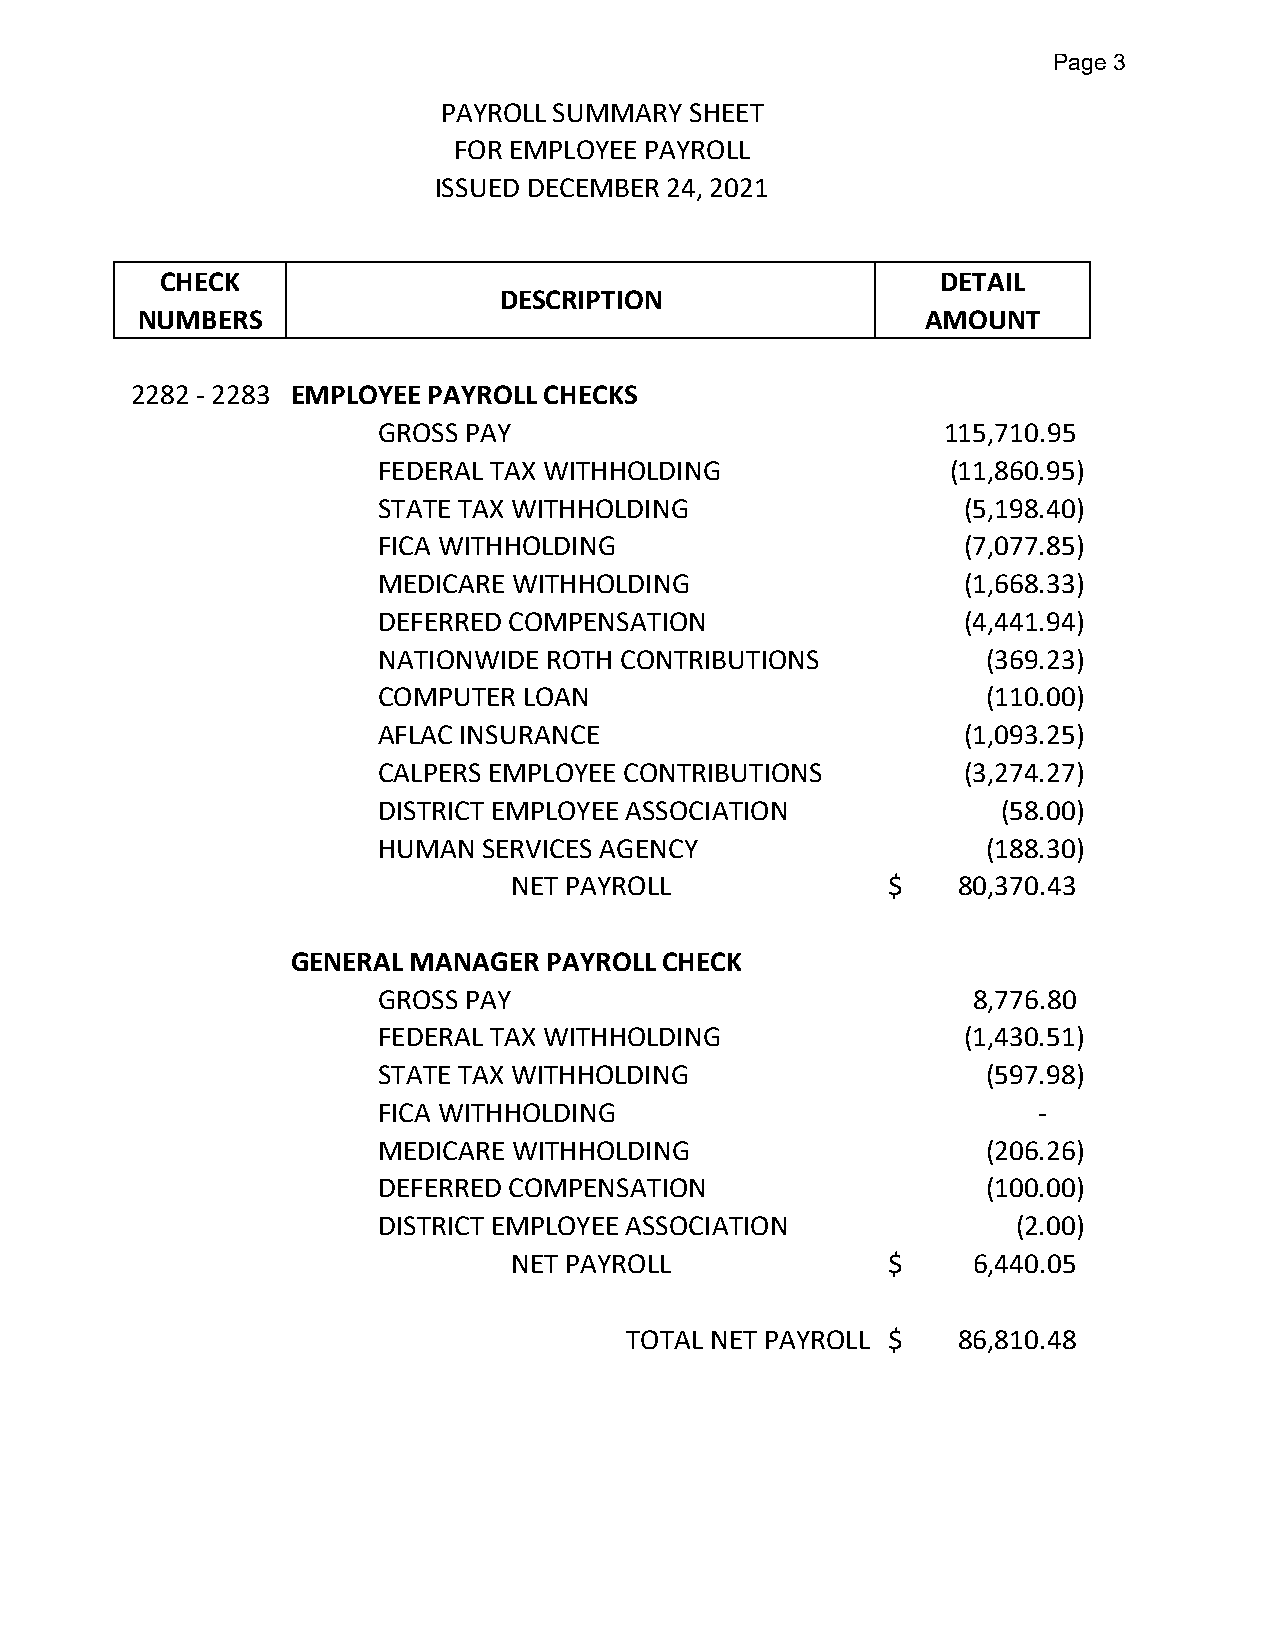
Page 3
 PAYROLL SUMMARY SHEET
 FOR EMPLOYEE PAYROLL
 ISSUED DECEMBER 24, 2021
 CHECK                                               DETAIL
 DESCRIPTION
 NUMBERS                                             AMOUNT
 2282 - 2283 EMPLOYEE PAYROLL CHECKS
 GROSS PAY                            115,710.95
 FEDERAL TAX WITHHOLDING              (11,860.95)
 STATE TAX WITHHOLDING                 (5,198.40)
 FICA WITHHOLDING                      (7,077.85)
 MEDICARE WITHHOLDING                  (1,668.33)
 DEFERRED COMPENSATION                 (4,441.94)
 NATIONWIDE ROTH CONTRIBUTIONS           (369.23)
 COMPUTER LOAN                           (110.00)
 AFLAC INSURANCE                       (1,093.25)
 CALPERS EMPLOYEE CONTRIBUTIONS        (3,274.27)
 DISTRICT EMPLOYEE ASSOCIATION            (58.00)
 HUMAN  SERVICES AGENCY                  (188.30)
 NET PAYROLL              $    80,370.43
 GENERAL MANAGER  PAYROLL CHECK
 GROSS PAY                              8,776.80
 FEDERAL TAX WITHHOLDING               (1,430.51)
 STATE TAX WITHHOLDING                   (597.98)
 FICA WITHHOLDING                           -
 MEDICARE WITHHOLDING                    (206.26)
 DEFERRED COMPENSATION                   (100.00)
 DISTRICT EMPLOYEE ASSOCIATION             (2.00)
 NET PAYROLL              $     6,440.05
 TOTAL NET PAYROLL $   86,810.48